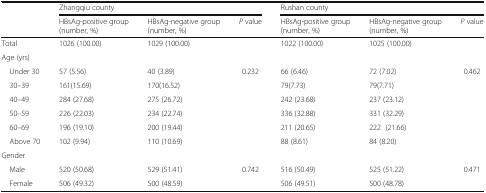
<table><thead><tr><td rowspan="2">[EMPTY_CELL]</td><td colspan="3"><b>Zhangqiu county</b></td><td colspan="3"><b>Rushan county</b></td></tr><tr><td><b>HBsAg-positive group (number, %)</b></td><td><b>HBsAg-negative group (number, %)</b></td><td><b><i>P</i> value</b></td><td><b>HBsAg-positive group (number, %)</b></td><td><b>HBsAg-negative group (number, %)</b></td><td><b><i>P</i> value</b></td></tr></thead><tbody><tr><td>Total</td><td>1026 (100.00)</td><td>1029 (100.00)</td><td>[EMPTY_CELL]</td><td>1022 (100.00)</td><td>1025 (100.00)</td><td>[EMPTY_CELL]</td></tr><tr><td colspan="7">Age (yrs)</td></tr><tr><td> Under 30</td><td>57 (5.56)</td><td>40 (3.89)</td><td>0.232</td><td>66 (6.46)</td><td>72 (7.02)</td><td>0.462</td></tr><tr><td> 30–39</td><td>161(15.69)</td><td>170(16.52)</td><td>[EMPTY_CELL]</td><td>79(7.73)</td><td>79(7.71)</td><td>[EMPTY_CELL]</td></tr><tr><td> 40–49</td><td>284 (27.68)</td><td>275 (26.72)</td><td>[EMPTY_CELL]</td><td>242 (23.68)</td><td>237 (23.12)</td><td>[EMPTY_CELL]</td></tr><tr><td> 50–59</td><td>226 (22.03)</td><td>234 (22.74)</td><td>[EMPTY_CELL]</td><td>336 (32.88)</td><td>331 (32.29)</td><td>[EMPTY_CELL]</td></tr><tr><td> 60–69</td><td>196 (19.10)</td><td>200 (19.44)</td><td>[EMPTY_CELL]</td><td>211 (20.65)</td><td>222 (21.66)</td><td>[EMPTY_CELL]</td></tr><tr><td> Above 70</td><td>102 (9.94)</td><td>110 (10.69)</td><td>[EMPTY_CELL]</td><td>88 (8.61)</td><td>84 (8.20)</td><td>[EMPTY_CELL]</td></tr><tr><td colspan="7">Gender</td></tr><tr><td> Male</td><td>520 (50.68)</td><td>529 (51.41)</td><td>0.742</td><td>516 (50.49)</td><td>525 (51.22)</td><td>0.471</td></tr><tr><td> Female</td><td>506 (49.32)</td><td>500 (48.59)</td><td>[EMPTY_CELL]</td><td>506 (49.51)</td><td>500 (48.78)</td><td>[EMPTY_CELL]</td></tr></tbody></table>